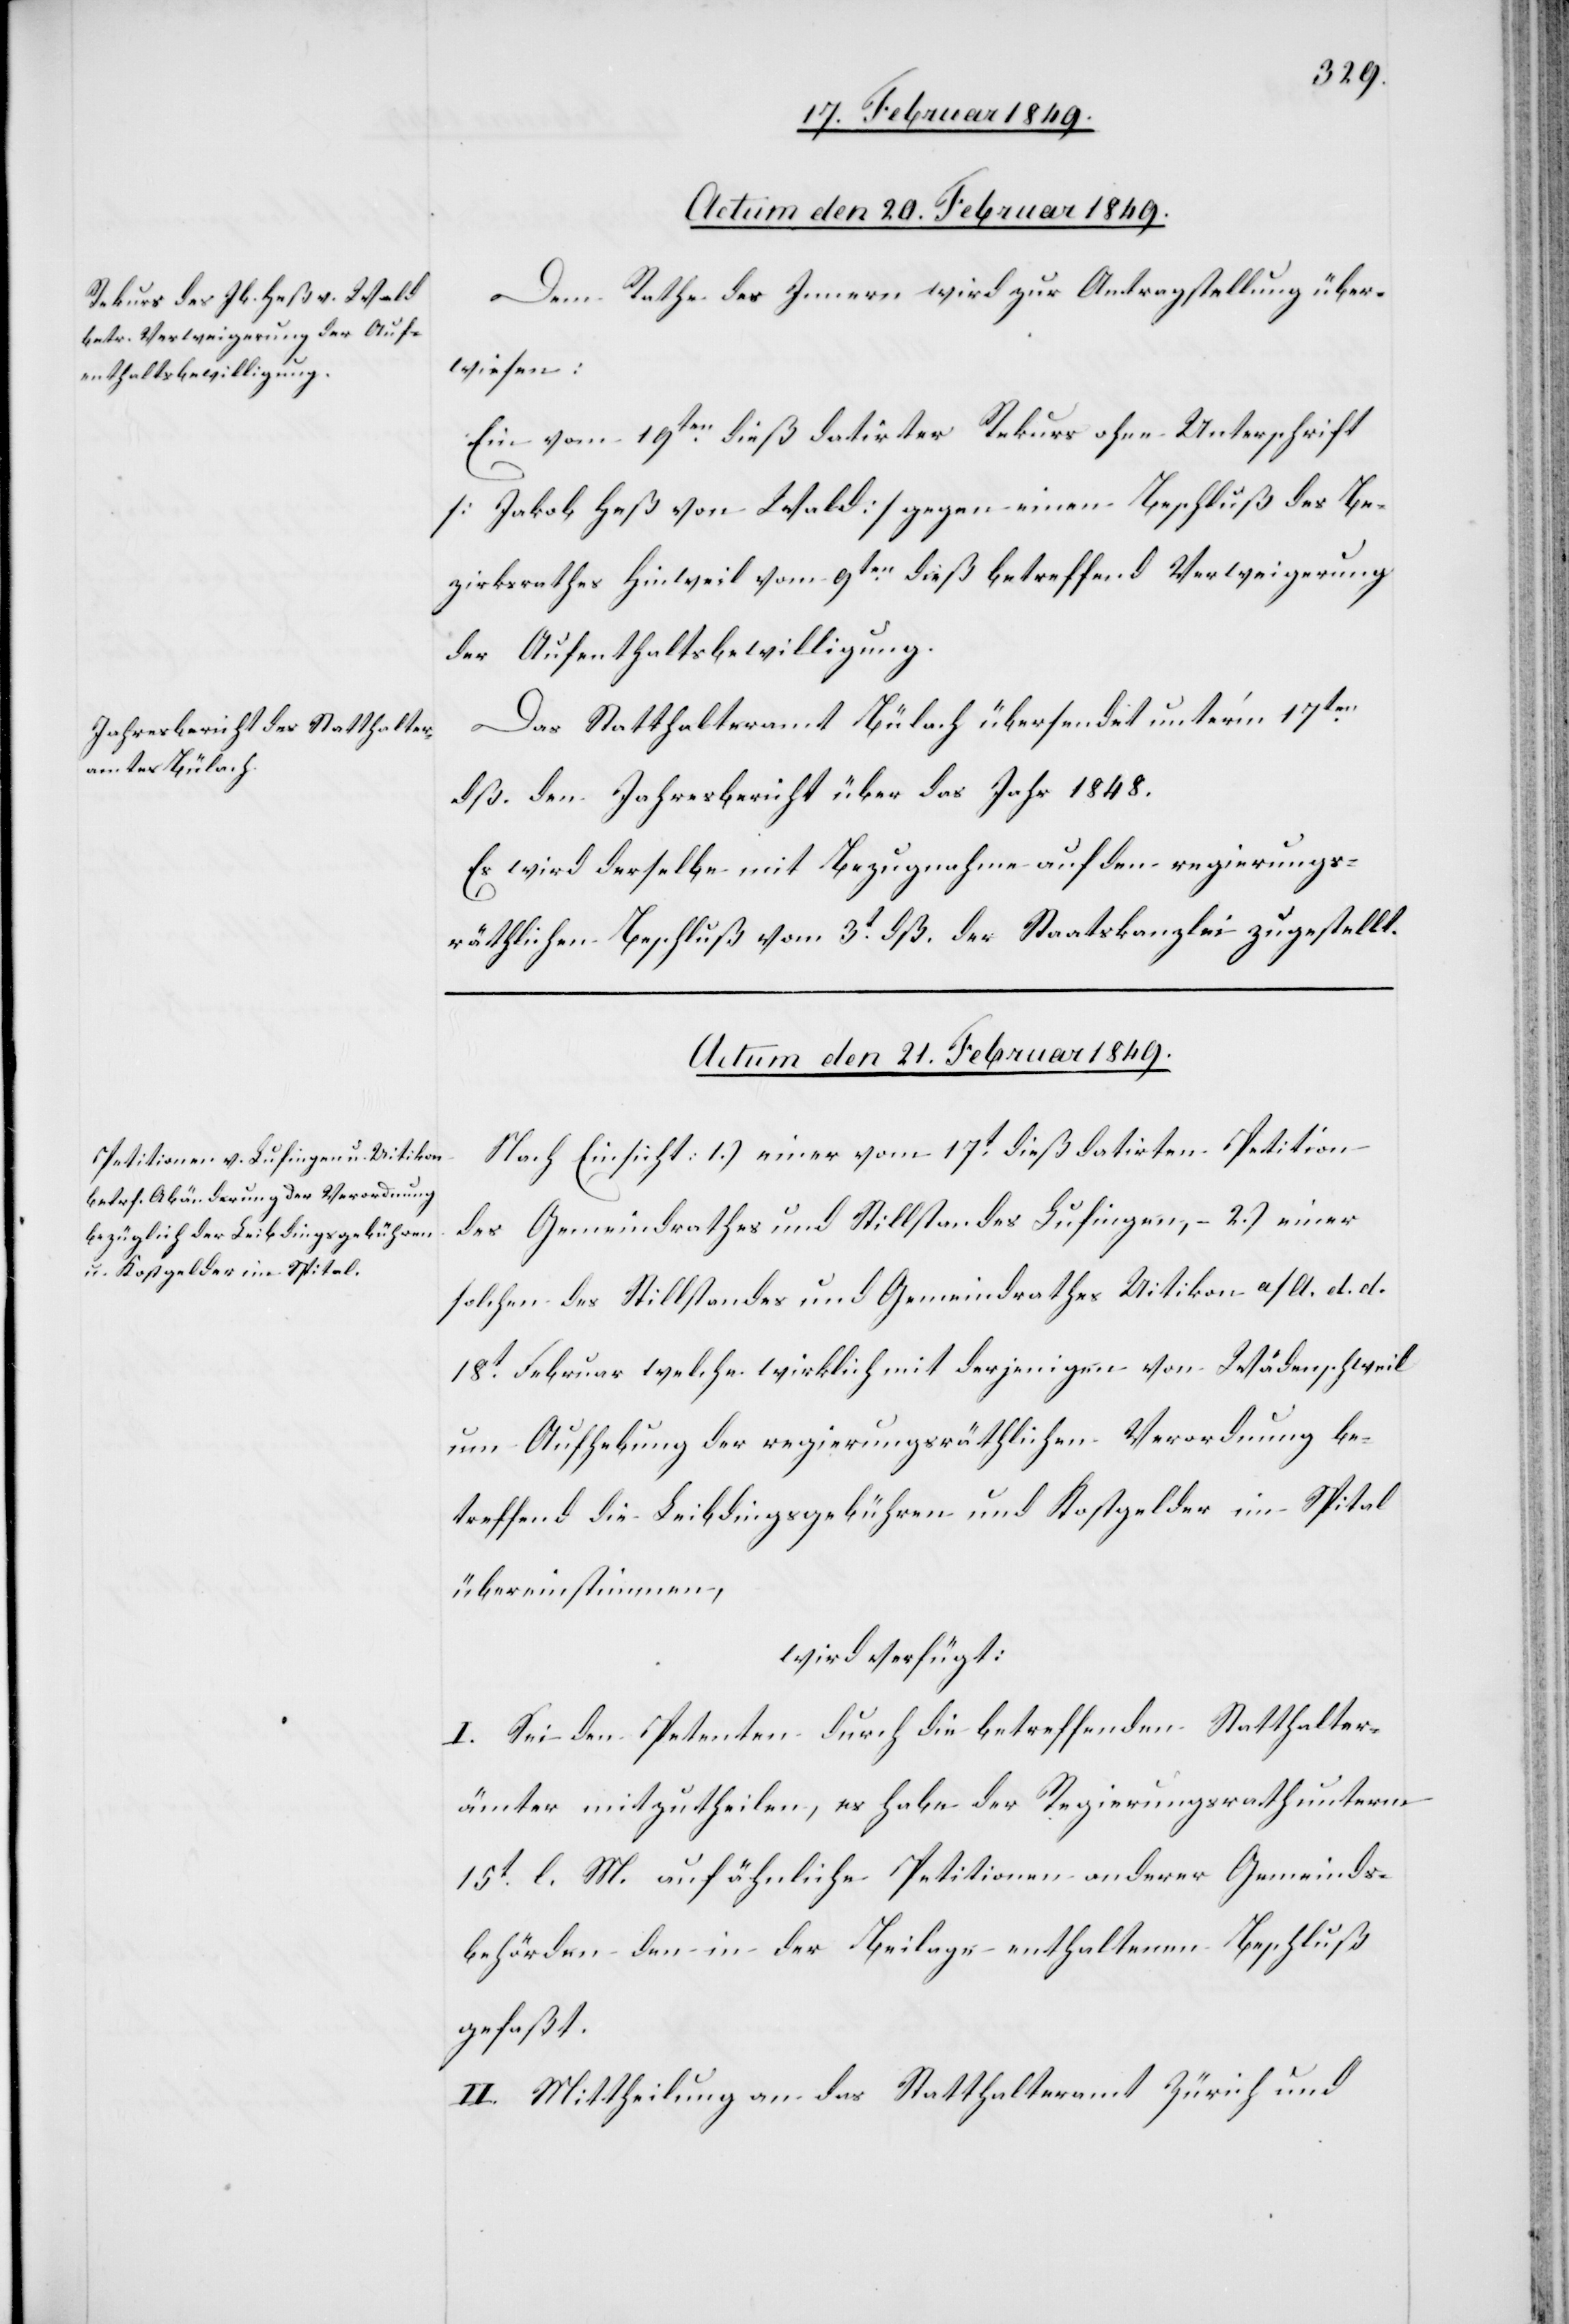
Actum den 20. Februar 1849.]
Dem Rathe des Innern wird zur Antragstellung über¬
wiesen:
Ein vom 19ten. dieß datirter Rekurs ohne Unterschrift
[Jakob Heß von Wald] gegen einen Beschluß des Be¬
zirksrathes Hinweil vom 9ten. dieß betreffend Verweigerung
der Aufenthaltsbewilligung.
Das Statthalteramt Bülach übersendet unter’m 17ten.
dß. den Jahresbericht über das Jahr 1848.
Es wird derselbe mit Bezugnahme auf den regierungs¬
räthlichen Beschluß vom 3t. dß. der Staatskanzlei zugestellt.
Actum den 21. Februar 1849.
Nach Einsicht: 1.) einer vom 17t. dieß datirten Petition
des Gemeindrathes und Stillstandes Lufingen, – 2.) einer
solchen des Stillstandes und Gemeindrathes Uitikon a/Ao. d. d.
17t. Februar welche wirklich mit derjenigen von Wädenschweil
um Aufhebung der regierungsräthlichen Verordnung be¬
treffend die Leibdingsbebühren und Kostgelder im Spital
übereinstimmen,
wird verfügt:
I. Sei den Petenten durch die betreffenden Statthalter¬
ämter mitzutheilen, es habe der Regierungsrath unterm
15t. l. M. auf ähnliche Petitionen anderer Gemeinds¬
behörden den in der Beilage enthaltenen Beschluß
gefaßt.
II. Mittheilung an das Statthalteramt Zürich und